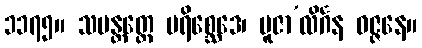
၁၁၇၅။ သမန္တတ္ထေ ပရိစ္ဆေဒေ၊ ပူဇာ’လိင်္ဂန ဝဇ္ဇနေ။